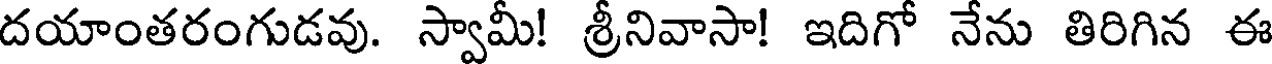
దయాంతరంగుడవు. స్వామీ! శ్రీనివాసా! ఇదిగో నేను తిరిగిన ఈ